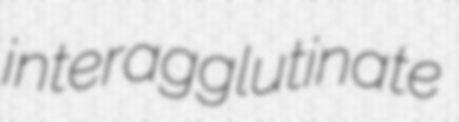
interagglutinate